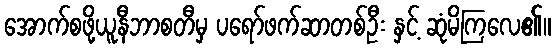
အောက်စဖို့ယူနီဘာစတီမှ ပရော်ဖက်ဆာတစ်ဦး နှင့် ဆုံမိကြလေ၏။